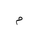
Letter: _mim